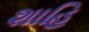
શાહિ